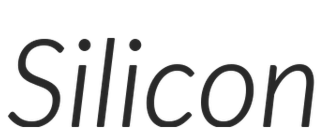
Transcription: Silicon